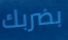
بضربك